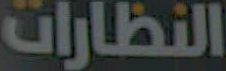
النظارات